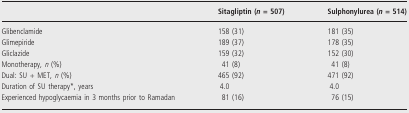
|  | Sitagliptin (n = 507) | Sulphonylurea (n = 514) |
 | --- | --- | --- |
 | Glibenclamide | 158 (31) | 181 (35) |
 | Glimepiride | 189 (37) | 178 (35) |
 | Gliclazide | 159 (32) | 152 (30) |
 | Monotherapy, n (%) | 41 (8) | 41 (8) |
 | Dual: SU + MET, n (%) | 465 (92) | 471 (92) |
 | Duration of SU therapy*, years | 4.0 | 4.0 |
 | Experienced hypoglycaemia in 3 months prior to Ramadan | 81 (16) | 76 (15) |